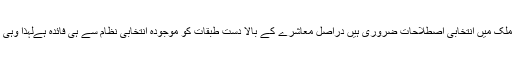
اور اس ٹولے سے نجات کے لئے ملک میں انتخابی اصطلاحات ضروری ہیں دراصل معاشرے کے بالا دست طبقات کو موجودہ انتخابی نظام سے ہی فائدہ ہےلہذا وہی اس کے سب سے بڑے محافظ ہیں۔